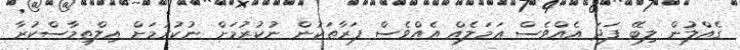
ގެއްލުން ލިބޭ ފަދަ އެއްވެސް ޢަމަލެއް އެއްވެސް ފަރާތަކުން ނުކުރުމަށް ނުކުރުމަށް އިލްތިމާސްކުރާ